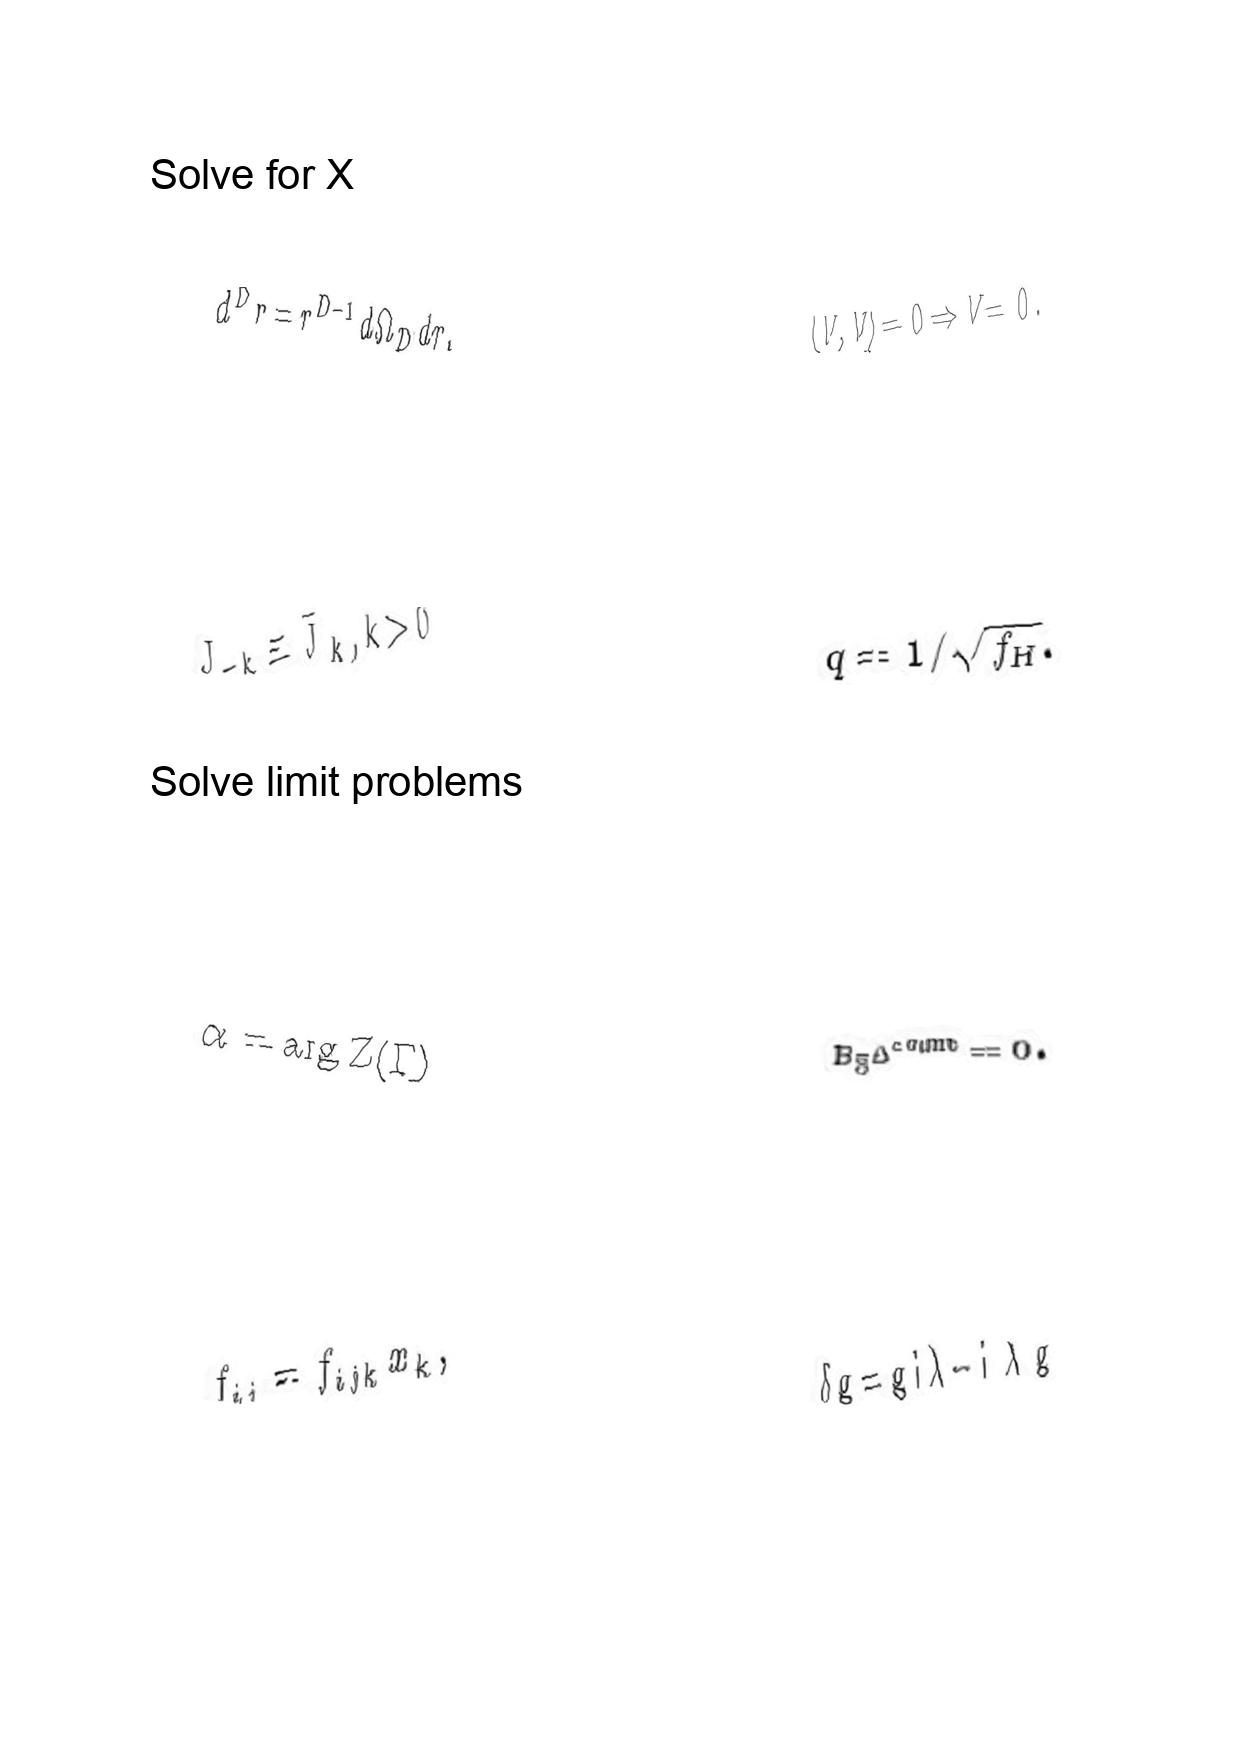
LaTeX transcription:
d ^ { D } r = r ^ { D - 1 } d \Omega _ { D } d r .
J _ { - k } \equiv \bar { J } _ { k } , k \gt 0
\alpha = \arg Z \lparen \Gamma \rparen
f _ { i j } = f _ { i j k } x _ { k } ,
\langle V , V \rangle = 0 \Rightarrow V = 0 .
q = 1 / \sqrt { f _ { H } } .
B _ { \tilde { S } } \Delta ^ { c o u n t } = 0 .
\delta g = g i \lambda - i \bar { \lambda } g